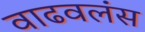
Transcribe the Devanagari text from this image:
वाढवलंस